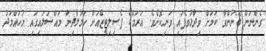
ގެންނަން ބޭނުންވާ ކަމަށް ވިދާޅުވެފައި ވަނިކޮށެވެ. އަރަމްކޯ ފެސިލިޓީޒްއަށް ހަމަލާދިން މައްސަލައިގައި މުހައްމަދު